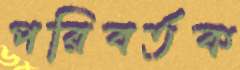
পরিবর্তক